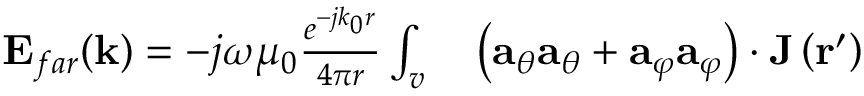
\begin{array} { r l } { \mathbf { E } _ { f a r } ( \mathbf { k } ) = - j \omega \mu _ { 0 } \frac { e ^ { - j k _ { 0 } r } } { 4 \pi r } \int _ { v } } & { { } \left( \mathbf { a } _ { \theta } \mathbf { a } _ { \theta } + \mathbf { a } _ { \varphi } \mathbf { a } _ { \varphi } \right) \cdot \mathbf { J } \left( \mathbf { r } ^ { \prime } \right) } \end{array}